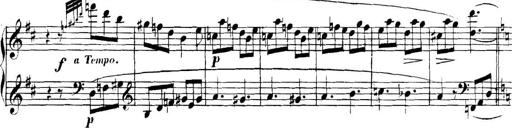
Title: Collected Piano Sonatas
Composer: Muzio Clementi